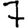
Digit: 7